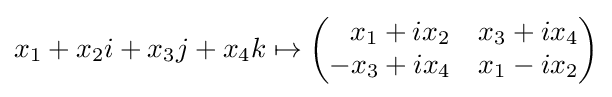
x_{1}+x_{2}i+x_{3}j+x_{4}k\mapsto {\begin{pmatrix}\;\;\,x_{1}+ix_{2}&x_{3}+ix_{4}\\-x_{3}+ix_{4}&x_{1}-ix_{2}\end{pmatrix}}